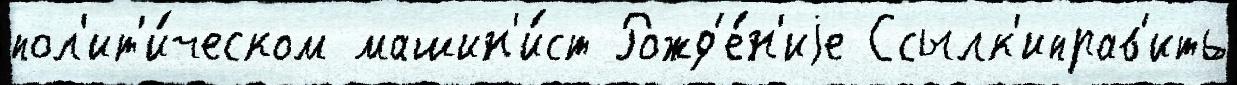
пол'ит'и́ческом машин'и́ст Рожд'е́н'иjе Ссылк'иправ'ить